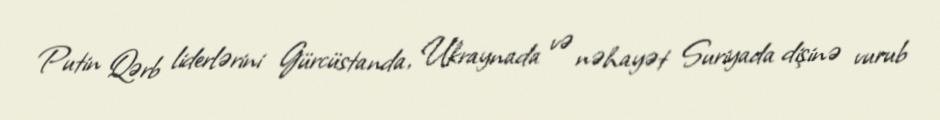
Putin Qərb liderlərini Gürcüstanda, Ukraynada və nəhayət Suriyada dişinə vurub